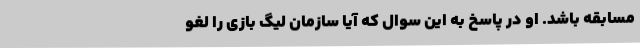
مسابقه باشد. او در پاسخ به این سوال که آیا سازمان لیگ بازی را لغو